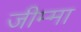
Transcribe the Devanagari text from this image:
जीम्मा